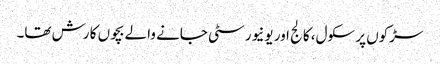
سڑکوں پر سکول، کالج اور یونیورسٹی جانے والے بچوں کا رش تھا۔